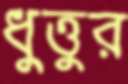
ধুত্তুর